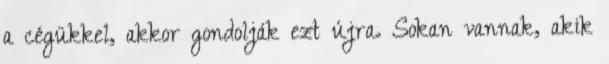
a cégükkel, akkor gondolják ezt újra. Sokan vannak, akik